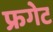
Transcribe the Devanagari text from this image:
फ्रगेट